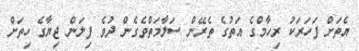
އެތަށް ފަހަރަކު ރިހާމްގެ އަތުގެ ތެރޭން ސަލާމަތްވެގެން ދުވެ ފިލަން ޖިޔާގެ ހިތަށް